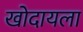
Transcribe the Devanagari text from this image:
खोदायला